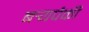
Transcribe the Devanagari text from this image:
बर्‍यपैकी